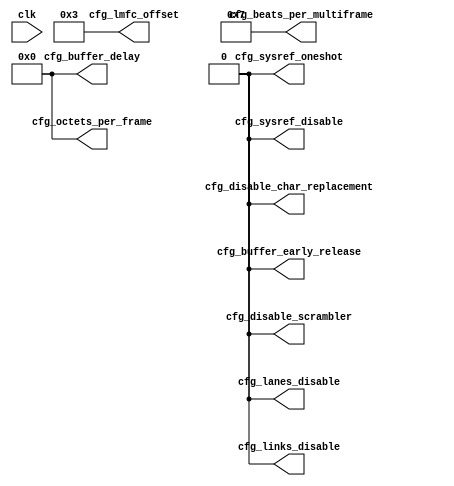
//
// The ADI JESD204 Core is released under the following license, which is
// different than all other HDL cores in this repository.
//
// Please read this, and understand the freedoms and responsibilities you have
// by using this source code/core.
//
// The JESD204 HDL, is copyright  2016-2017 Analog Devices Inc.
//
// This core is free software, you can use run, copy, study, change, ask
// questions about and improve this core. Distribution of source, or resulting
// binaries (including those inside an FPGA or ASIC) require you to release the
// source of the entire project (excluding the system libraries provide by the
// tools/compiler/FPGA vendor). These are the terms of the GNU General Public
// License version 2 as published by the Free Software Foundation.
//
// This core  is distributed in the hope that it will be useful, but WITHOUT ANY
// WARRANTY; without even the implied warranty of MERCHANTABILITY or FITNESS FOR
// A PARTICULAR PURPOSE. See the GNU General Public License for more details.
//
// You should have received a copy of the GNU General Public License version 2
// along with this source code, and binary.  If not, see
// <http://www.gnu.org/licenses/>.
//
// Commercial licenses (with commercial support) of this JESD204 core are also
// available under terms different than the General Public License. (e.g. they
// do not require you to accompany any image (FPGA or ASIC) using the JESD204
// core with any corresponding source code.) For these alternate terms you must
// purchase a license from Analog Devices Technology Licensing Office. Users
// interested in such a license should contact jesd204-licensing@analog.com for
// more information. This commercial license is sub-licensable (if you purchase
// chips from Analog Devices, incorporate them into your PCB level product, and
// purchase a JESD204 license, end users of your product will also have a
// license to use this core in a commercial setting without releasing their
// source code).
//
// In addition, we kindly ask you to acknowledge ADI in any program, application
// or publication in which you use this JESD204 HDL core. (You are not required
// to do so; it is up to your common sense to decide whether you want to comply
// with this request or not.) For general publications, we suggest referencing :
// The design and implementation of the JESD204 HDL Core used in this project
// is copyright  2016-2017, Analog Devices, Inc.
//

`timescale 1ns/100ps

module jesd204_rx_static_config #(
  parameter NUM_LANES = 1,
  parameter NUM_LINKS = 1,
  parameter OCTETS_PER_FRAME = 1,
  parameter FRAMES_PER_MULTIFRAME = 32,
  parameter SCR = 1,
  parameter BUFFER_EARLY_RELEASE = 0
) (
  input clk,

  output [NUM_LANES-1:0] cfg_lanes_disable,
  output [NUM_LINKS-1:0] cfg_links_disable,
  output [7:0] cfg_beats_per_multiframe,
  output [7:0] cfg_octets_per_frame,
  output [7:0] cfg_lmfc_offset,
  output cfg_sysref_oneshot,
  output cfg_sysref_disable,

  output [7:0] cfg_buffer_delay,
  output cfg_buffer_early_release,
  output cfg_disable_scrambler,
  output cfg_disable_char_replacement
);

assign cfg_beats_per_multiframe = (FRAMES_PER_MULTIFRAME * OCTETS_PER_FRAME / 4) - 1;
assign cfg_octets_per_frame = OCTETS_PER_FRAME - 1;
assign cfg_lmfc_offset = 3;
assign cfg_sysref_oneshot = 1'b0;
assign cfg_sysref_disable = 1'b0;
assign cfg_buffer_delay = 'h0;
assign cfg_buffer_early_release = BUFFER_EARLY_RELEASE;
assign cfg_lanes_disable = {NUM_LANES{1'b0}};
assign cfg_links_disable = {NUM_LINKS{1'b0}};
assign cfg_disable_scrambler = SCR ? 1'b0 : 1'b1;
assign cfg_disable_char_replacement = cfg_disable_scrambler;

endmodule